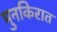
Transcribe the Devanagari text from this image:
मुनकिरात